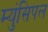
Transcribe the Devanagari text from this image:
म्युंसिपल